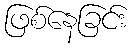
ဖြစ်နေခြင်း